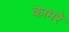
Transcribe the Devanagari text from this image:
कामरे